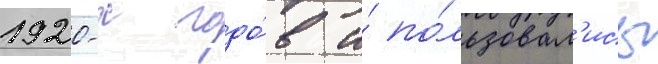
1920-х годо́в и́ по́льзовал'ись